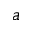
a